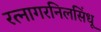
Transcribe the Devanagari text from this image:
रत्नागरनिलसिंधू